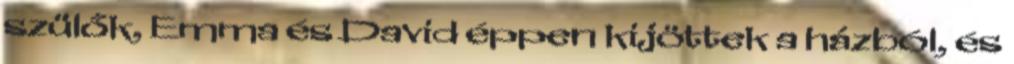
szülők, Emma és David éppen kijöttek a házból, és